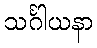
သင်္ဂါယနာ